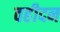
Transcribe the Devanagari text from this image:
वहीदन